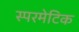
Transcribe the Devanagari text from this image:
स्परमेटिक